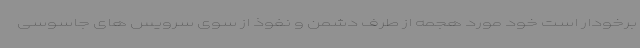
برخودار است خود مورد هجمه از طرف دشمن و نفوذ از سوی سرویس های جاسوسی